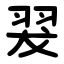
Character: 翇